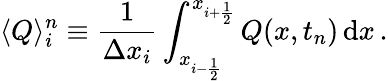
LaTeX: \langle Q\rangle_{i}^{n}\equiv\frac{1}{\Delta x_{i}}\int_{x_{i-\frac{1}{2}}}^{x_{i+\frac{1}{2}}}Q(x,t_{n})\, \mathrm{d}x\, .